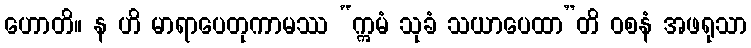
ဟောတိ။ န ဟိ မာရာပေတုကာမဿ “ဣမံ သုခံ သယာပေထာ”တိ ဝစနံ အဖရုသာ